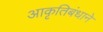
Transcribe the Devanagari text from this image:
आकृतिबंधाने